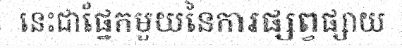
នេះជាផ្នែកមួយនៃការផ្សព្វផ្សាយ